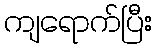
ကျရောက်ပြီး